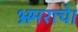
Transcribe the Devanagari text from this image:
भ्रमराचे।